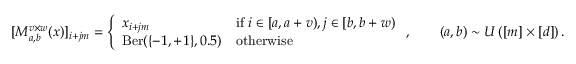
[ M _ { a , b } ^ { v \times w } ( x ) ] _ { i + j m } = \left\{ \begin{array} { l l } { x _ { i + j m } } & { \mathrm { i f ~ } i \in [ a , a + v ) , j \in [ b , b + w ) } \\ { \operatorname { B e r } ( \{ - 1 , + 1 \} , 0 . 5 ) } & { \mathrm { o t h e r w i s e } } \end{array} \right. , \qquad ( a , b ) \sim { \cal U } \left( [ m ] \times [ d ] \right) .